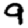
Digit: 9